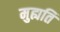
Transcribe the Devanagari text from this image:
मुह्यति